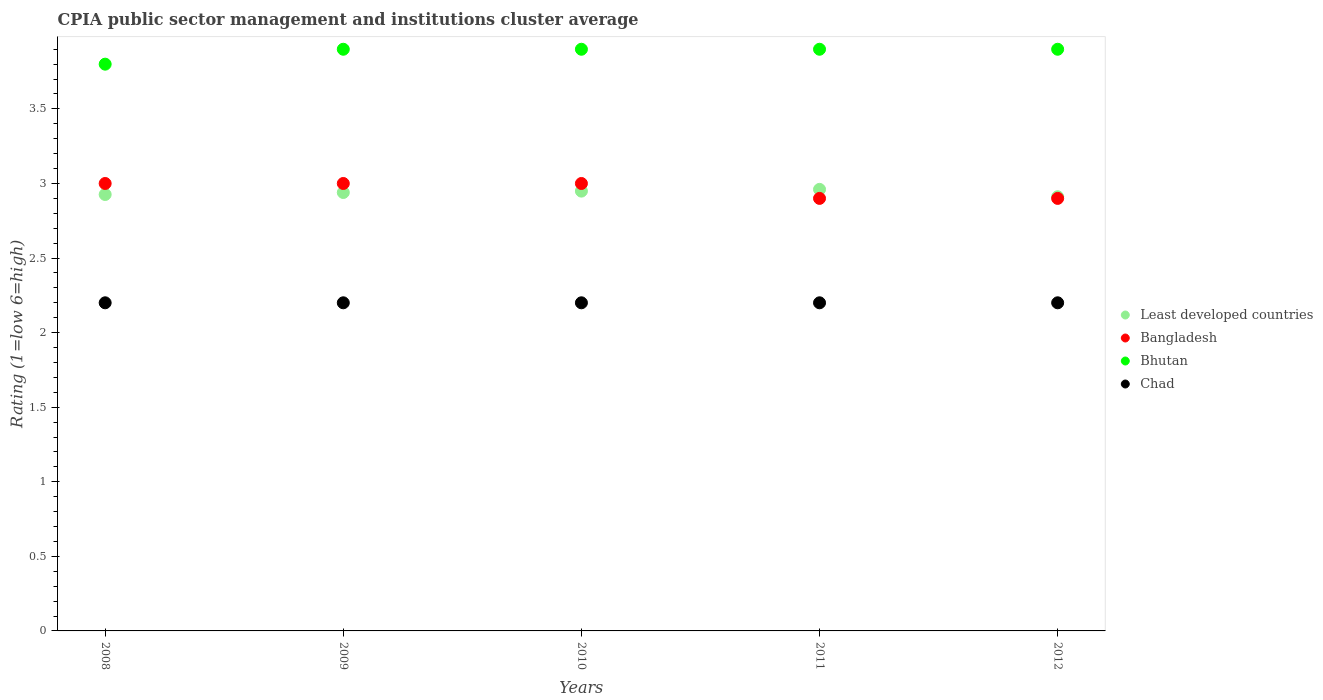
| Years | Least developed countries | Bangladesh | Bhutan | Chad |
 | --- | --- | --- | --- | --- |
 | 2008 | 2.93 | 3 | 3.8 | 2.2 |
 | 2009 | 2.94 | 3 | 3.9 | 2.2 |
 | 2010 | 2.95 | 3 | 3.9 | 2.2 |
 | 2011 | 2.96 | 2.9 | 3.9 | 2.2 |
 | 2012 | 2.91 | 2.9 | 3.9 | 2.2 |